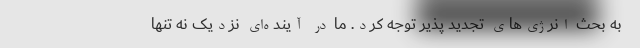
به بحث انرژی‌های تجدید پذیر توجه کرد. ما در آینده‌ای نزدیک نه تنها